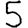
Digit: 5